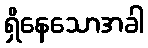
ရှိနေသောအခါ